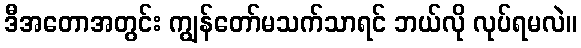
ဒီအတောအတွင်း ကျွန်တော်မသက်သာရင် ဘယ်လို လုပ်ရမလဲ။